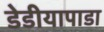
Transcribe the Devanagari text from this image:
डेडीयापाडा